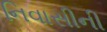
નિવાસીની